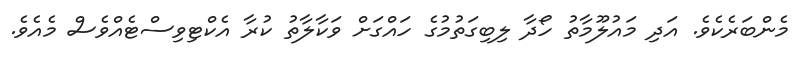
މެންބަރެކެވެ. އަދި މައުލޫމާތު ހޯދާ ލިބިގަތުމުގެ ހައްގަށް ވަކާލާތު ކުރާ އެކްޓިވިސްޓެއްވެސް މެއެވެ.